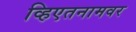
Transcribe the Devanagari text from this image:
व्हिएतनामवर